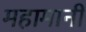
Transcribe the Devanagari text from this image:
महामानी